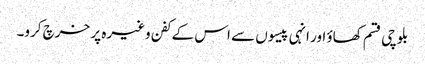
بلوچی قسم کھاؤ اور انہی پیسوں سے اس کے کفن وغیرہ پر خرچ کرو۔